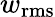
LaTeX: w_{\mathrm{rms}}